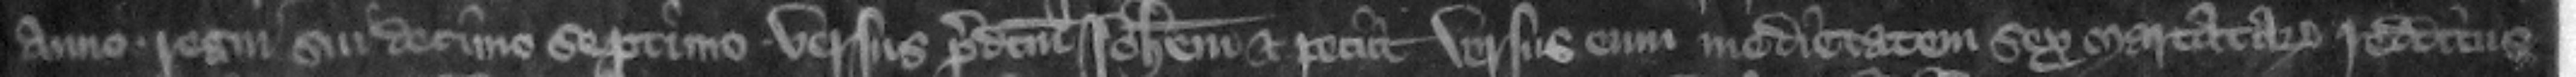
anno regni sui decimo septimo versus predictum Iohannem et peciit versus eum medietatem sex marcatarum redditus